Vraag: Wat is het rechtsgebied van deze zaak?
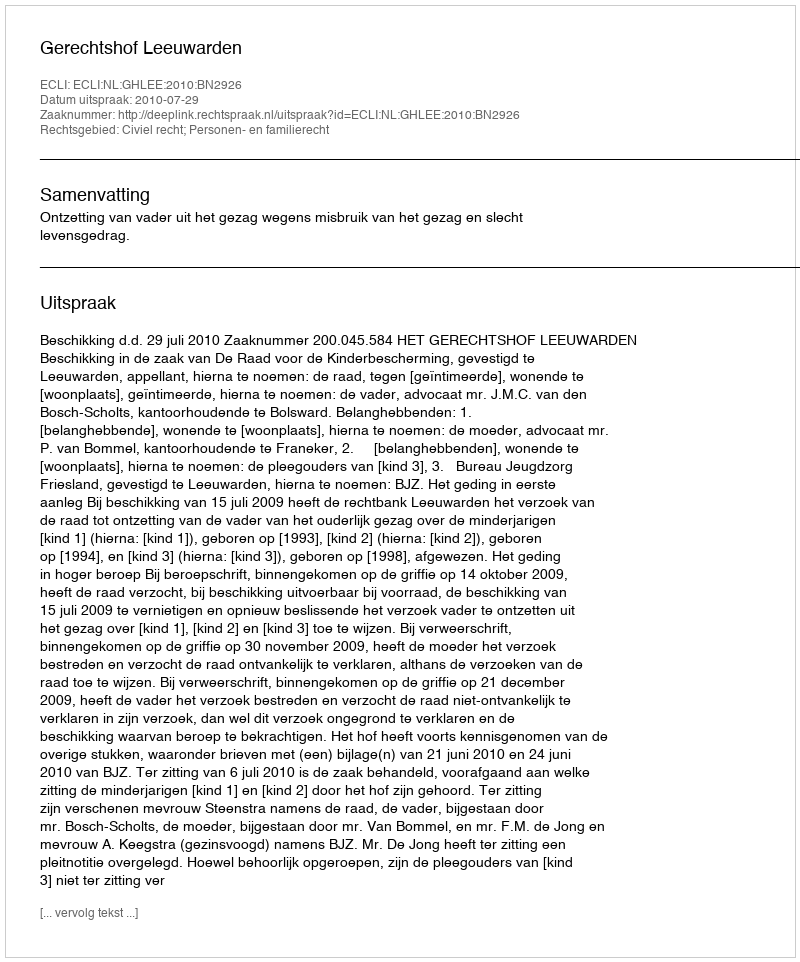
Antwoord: Civiel recht; Personen- en familierecht